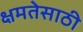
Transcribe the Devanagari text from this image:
क्षमतेसाठी